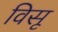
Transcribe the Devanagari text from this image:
विसू